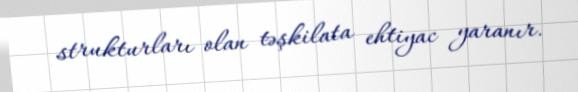
strukturları olan təşkilata ehtiyac yaranır.